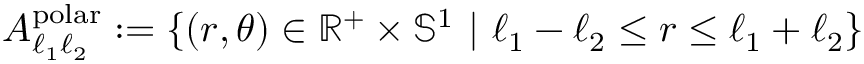
A _ { \ell _ { 1 } \ell _ { 2 } } ^ { \mathrm { p o l a r } } : = \{ ( r , \theta ) \in \mathbb { R } ^ { + } \times \mathbb { S } ^ { 1 } \ | \ \ell _ { 1 } - \ell _ { 2 } \leq r \leq \ell _ { 1 } + \ell _ { 2 } \}